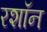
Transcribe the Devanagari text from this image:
रशॉन